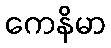
ကေနိမာ